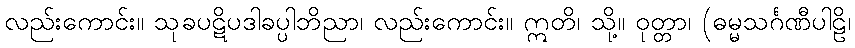
လည်းကောင်း။ သုခပဋိပဒါခပ္ပါဘိညာ၊ လည်းကောင်း။ ဣတိ၊ သို့။ ဝုတ္တာ၊ (ဓမ္မသင်္ဂဏီပါဠိ၊